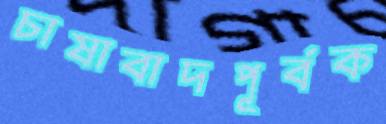
চাষাবাদপূর্বক